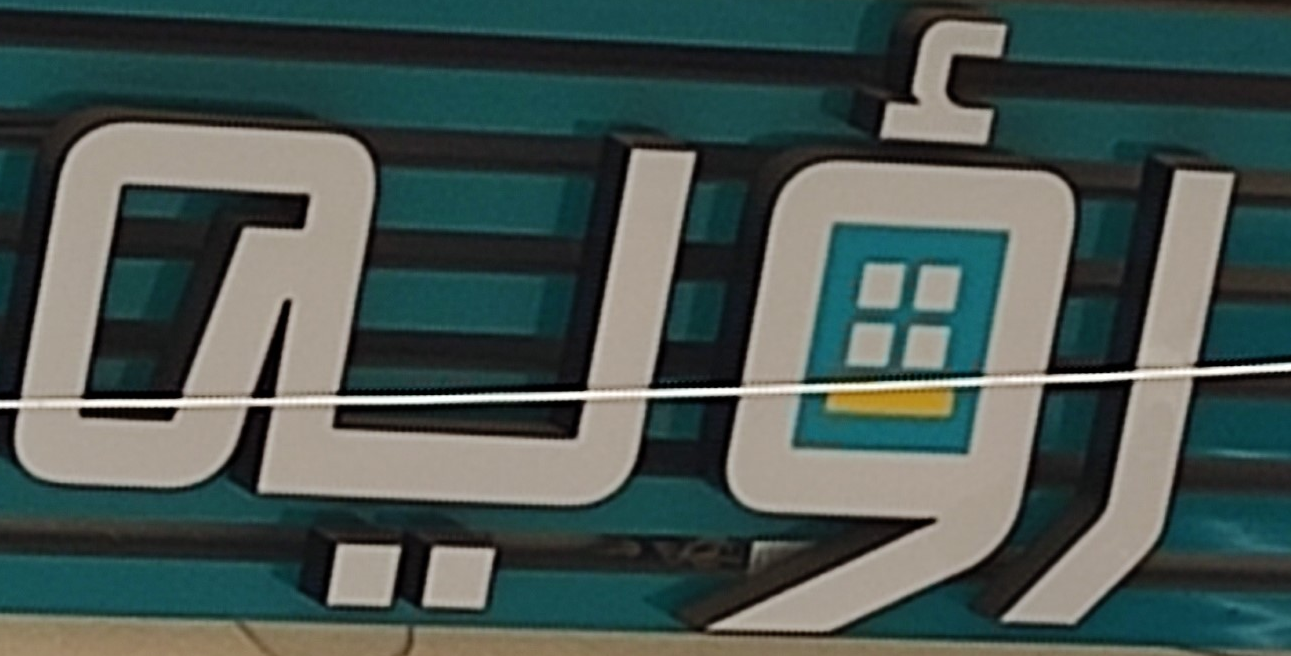
رؤيه